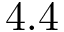
4 . 4